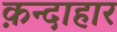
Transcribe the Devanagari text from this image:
क़न्दाहार